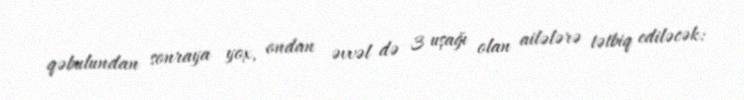
qəbulundan sonraya yox, ondan əvvəl də 3 uşağı olan ailələrə tətbiq ediləcək: